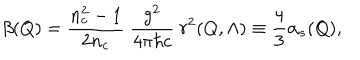
\beta ( Q ) = { \frac { n _ { c } ^ { 2 } - 1 } { 2 n _ { c } } } \ { \frac { g ^ { 2 } } { 4 \pi \hbar c } } \ r ^ { 2 } ( Q , \Lambda ) \equiv { \frac { 4 } { 3 } } \alpha _ { s } ( Q ) ,